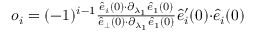
\begin{array} { r } { o _ { i } = ( - 1 ) ^ { i - 1 } \frac { \hat { e } _ { i } ( 0 ) { \cdot } \partial _ { \lambda _ { 1 } } \hat { e } _ { 1 } ( 0 ) } { \hat { e } _ { \perp } ( 0 ) { \cdot } \partial _ { \lambda _ { 1 } } \hat { e } _ { 1 } ( 0 ) } \hat { e } _ { i } ^ { \prime } ( 0 ) { \cdot } \hat { e } _ { i } ( 0 ) } \end{array}